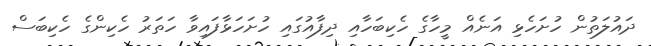
ދައުލަތުން ހުށަހެޅި އަނެއް މީހާގެ ހެކިބަހާއި ދިފާއުގައި ހުށަހަޅާފައިވާ ހަތަރު ހެކިންގެ ހެކިބަސް